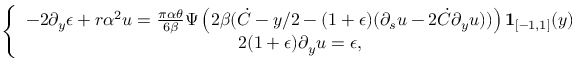
\left\lbrace \begin{array} { c } { - 2 \partial _ { y } \epsilon + r \alpha ^ { 2 } u = \frac { \pi \alpha \theta } { 6 \beta } \Psi \left( 2 \beta ( \dot { C } - y / 2 - ( 1 + \epsilon ) ( \partial _ { s } u - 2 \dot { C } \partial _ { y } u ) ) \right) \mathbf { 1 } _ { [ - 1 , 1 ] } ( y ) } \\ { 2 ( 1 + \epsilon ) \partial _ { y } u = \epsilon , } \end{array} \right.